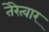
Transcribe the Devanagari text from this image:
तेरेत्वार